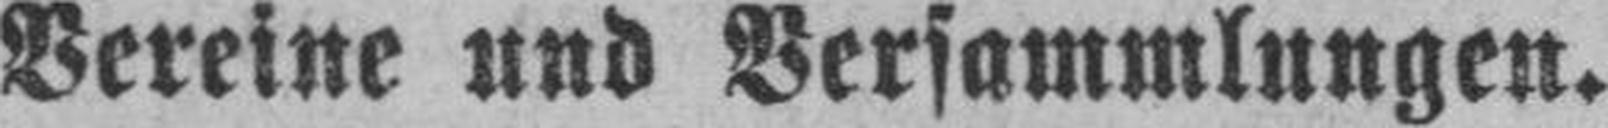
Vereine und Versammlungen.